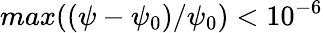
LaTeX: max((\psi-\psi_{0})/\psi_{0})<10^{-6}